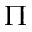
\Pi